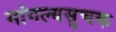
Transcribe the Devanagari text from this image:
मांगल्यसुचक